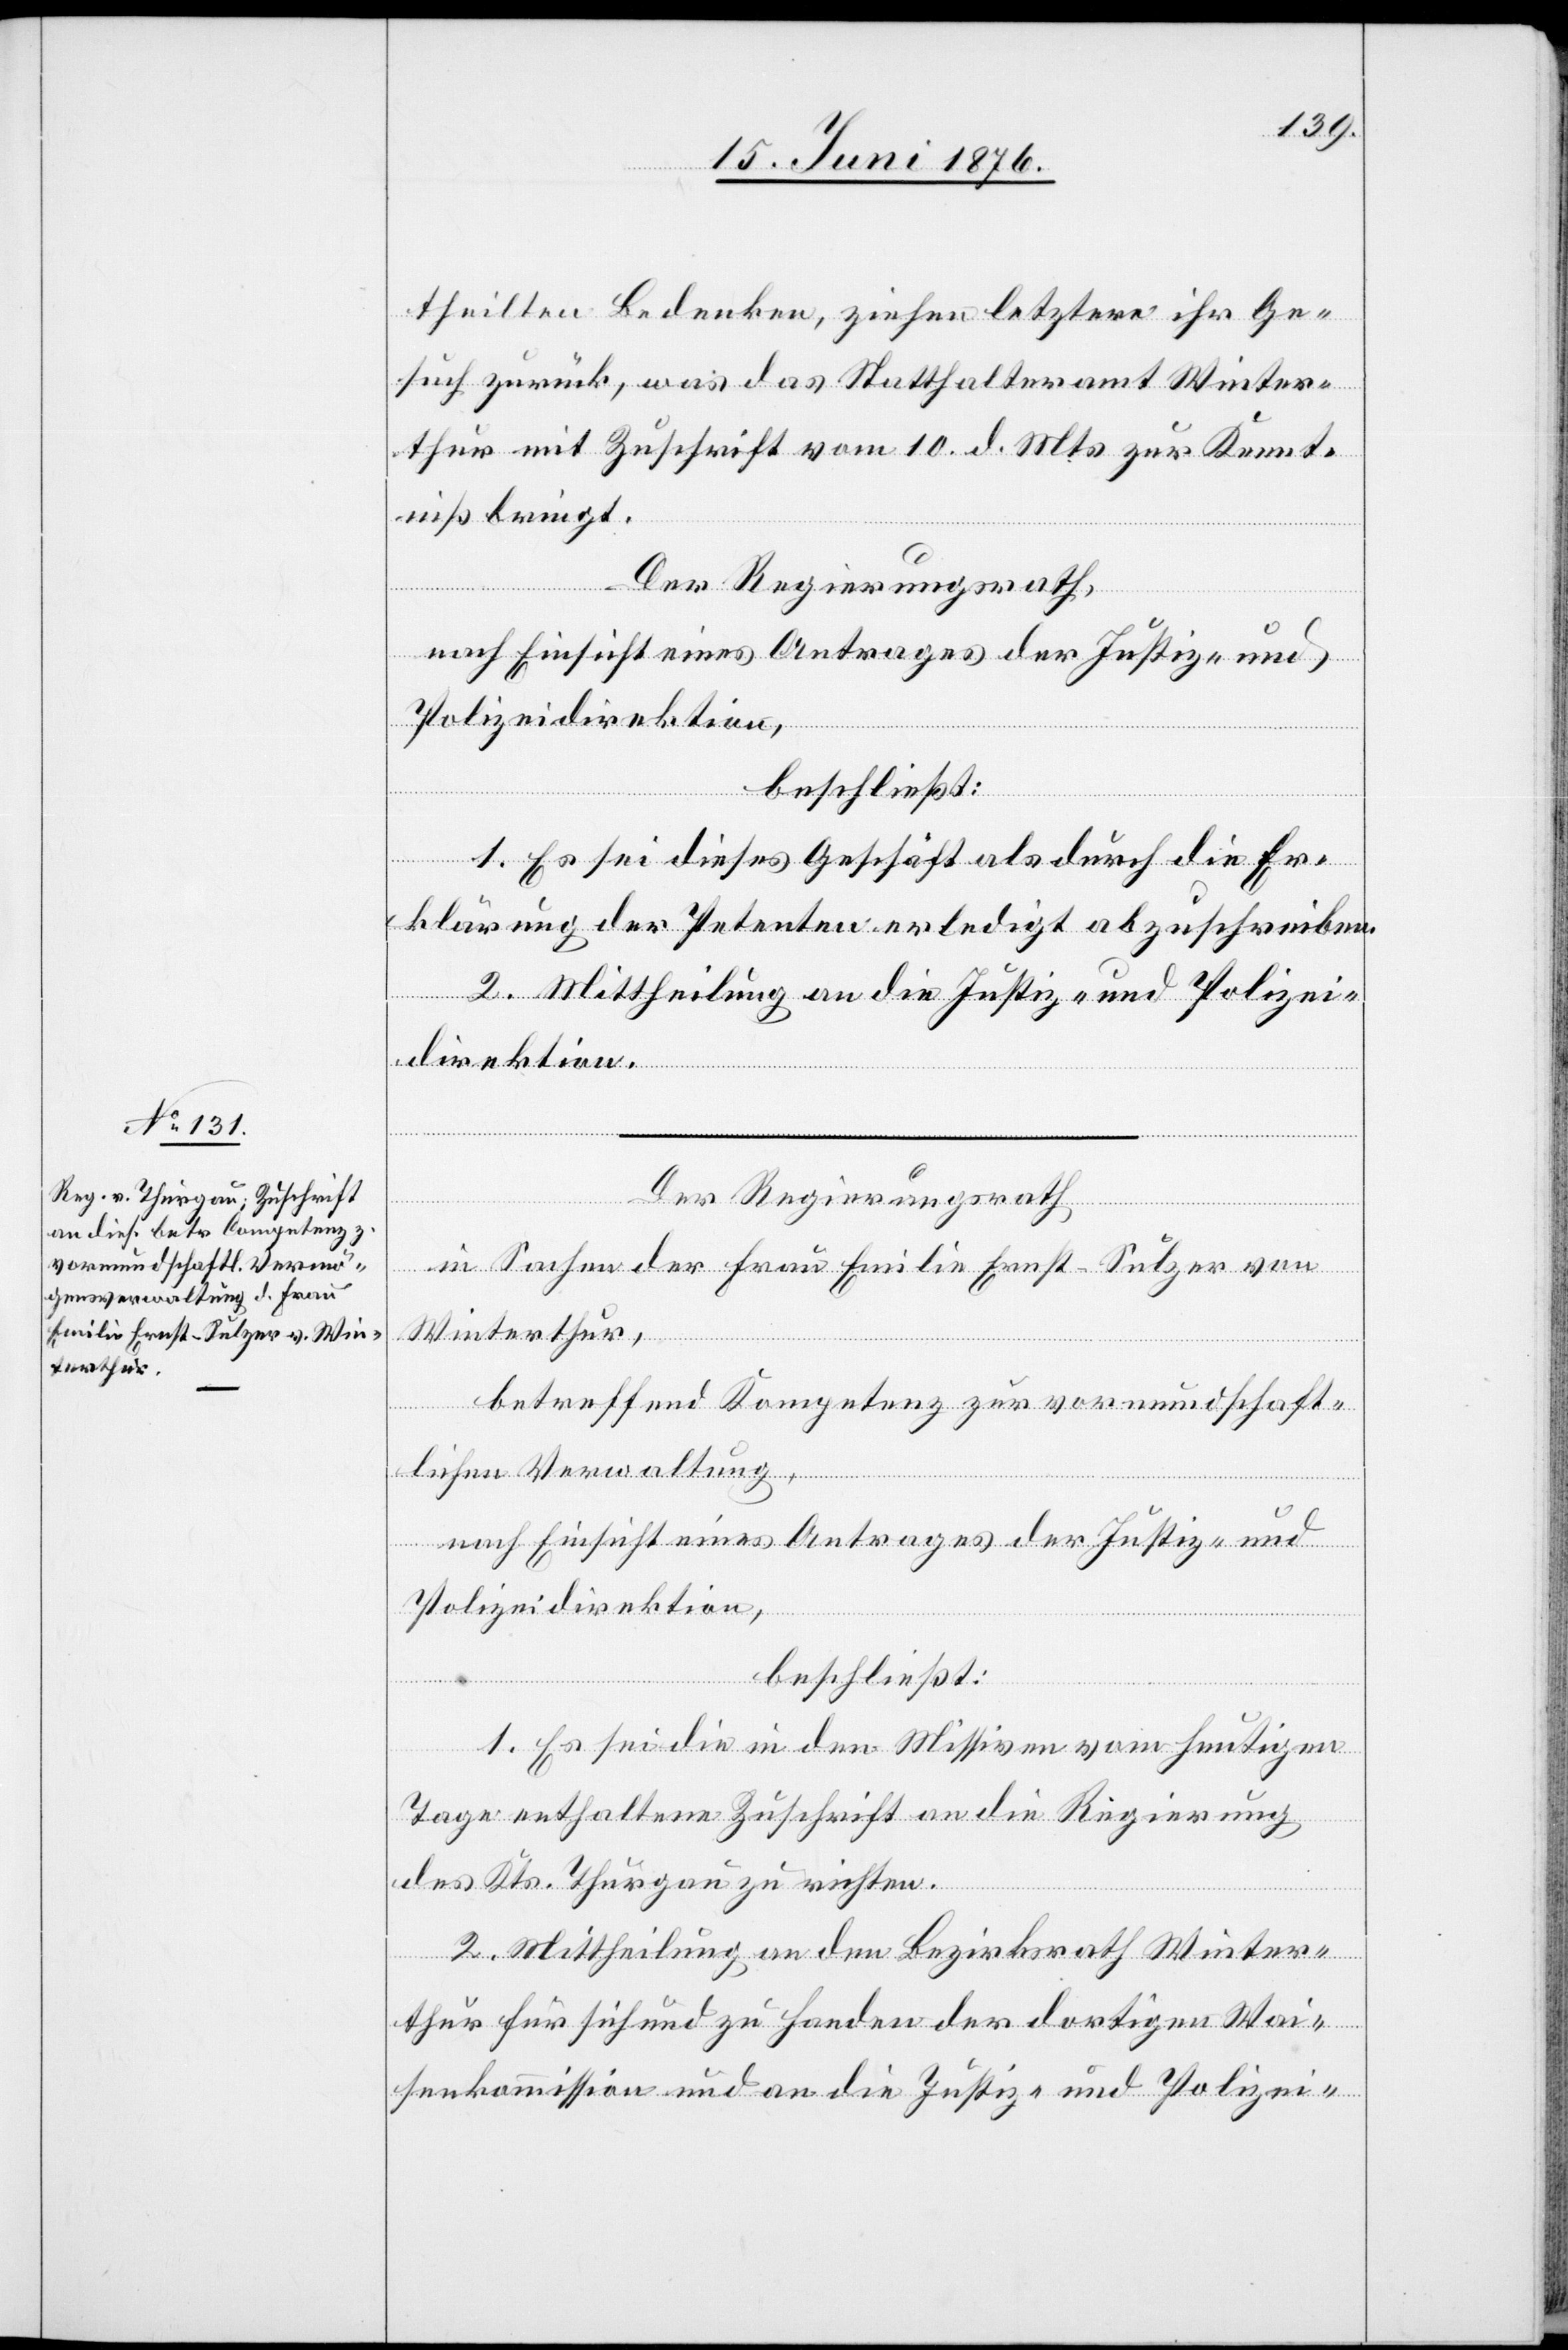
theilten Bedenken, ziehen letztere ihr Ge¬
such zurück, was das Statthalteramt Winter¬
thur mit Zuschrift vom 10. d. Mts. zur Kennt¬
niß bringt.
Der Regierungsrath,
beschließt:
1. Es sei dieses Geschäft als durch die Er¬
klärung der Petenten erledigt abzuschreiben.
2. Mittheilung an die Justiz- und Polizei¬
direktion.
Der Regierungsrath
und
in Sachen der Frau Emilie Ernst-Sulzer von
Winterthur,
betreffend Kompetenz zur vormundschaft¬
lichen Verwaltung,
nach Einsicht eines Antrages der Justiz- und
Polizeidirektion ,
beschließt:
1. Es sei die in den Missiven vom heutigen
Tage enthaltene Zuschrift an die Regierung
des Kts. Thurgau zu richten.
2. Mittheilung an den Bezirksrath Winter¬
thur für sich und zu Handen der dortigen Wai¬
senkommission und an die Justiz- und Polizei-